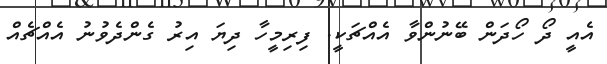
އެއީ ދޯ ހޯދަން ބޭނުންވާ އެއްޗަކީ. ފިރިމީހާ ދިޔަ އިރު ގެންދެވުނު އެއްޗެއް